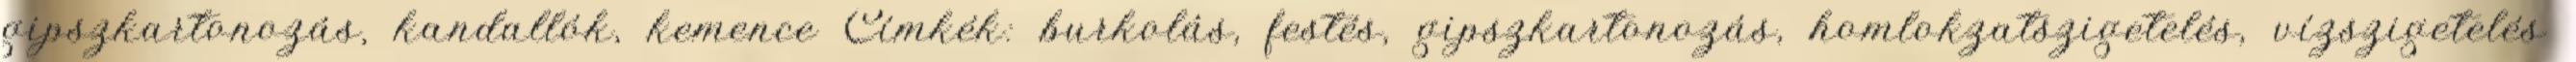
gipszkartonozás, kandallók, kemence Címkék: burkolás, festés, gipszkartonozás, homlokzatszigetelés, vízszigetelés